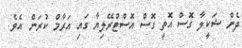
ދެން ޝަކީލާ ގޮސް އޮތީ ގޮސް އޮސްޓްރޭލިޔާ ގައި އަރާމް ކުރަން އެވެ.